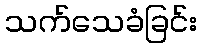
သက်သေခံခြင်း